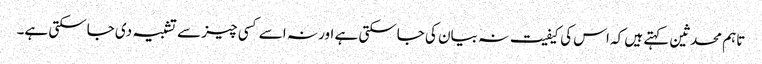
تاہم محدثین کہتے ہیں کہ اس کی کیفیت نہ بیان کی جاسکتی ہے اور نہ اسے کسی چیز سے تشبیہ دی جاسکتی ہے۔